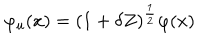
\varphi _ { u } ( x ) = ( 1 + \delta Z ) ^ { \frac { 1 } { 2 } } \varphi ( x )